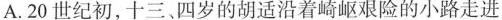
A.20世纪初，十三、四岁的胡适沿着崎岖艰险的小路走进